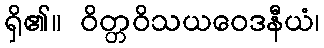
ရှိ၏။ ဝိတ္တဝိသယဝေဒနီယံ၊